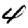
Digit: 4